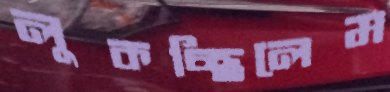
লুকচ্ছিলেম